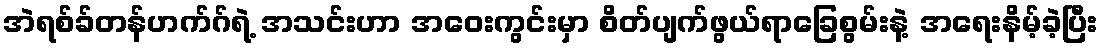
အဲရစ်ခ်တန်ဟက်ဂ်ရဲ့ အသင်းဟာ အဝေးကွင်းမှာ စိတ်ပျက်ဖွယ်ရာခြေစွမ်းနဲ့ အရေးနိမ့်ခဲ့ပြီး